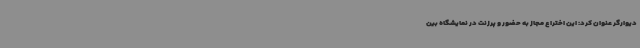
دیوارگر عنوان کرد: این اختراع مجاز به حضور و پرزنت در نمایشگاه بین